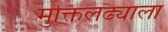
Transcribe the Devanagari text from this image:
मुक्तिलढ्याला